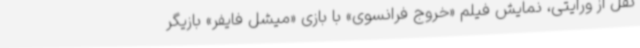
نقل از ورایتی، نمایش فیلم «خروج فرانسوی» با بازی «میشل فایفر» بازیگر